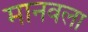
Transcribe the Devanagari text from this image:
मानवला